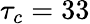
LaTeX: \tau_{c}=33